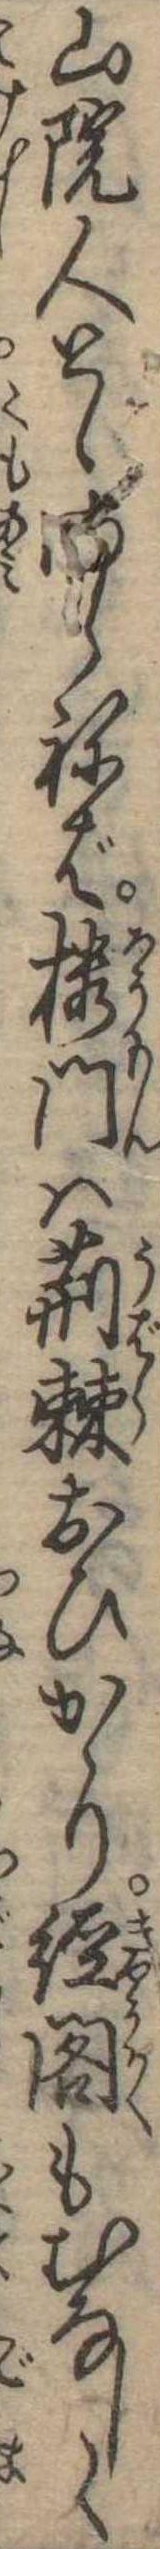
山院人とゞまらねば楼門は荊棘おひかゝり経閣もむなしく